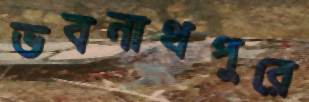
ভবনাথপুরে